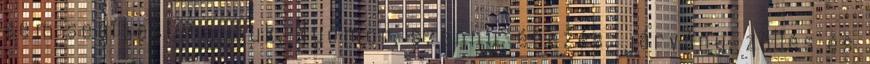
sem segített rajtuk. Nyomor, szenny, éhezés, járvány, züllés és